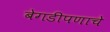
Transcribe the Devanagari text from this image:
बेगडीपणाचे